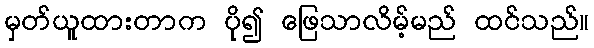
မှတ်ယူထားတာက ပို၍ ဖြေသာလိမ့်မည် ထင်သည်။